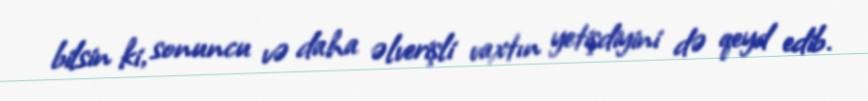
bilsin ki, sonuncu və daha əlverişli vaxtın yetişdiyini də qeyd edib.